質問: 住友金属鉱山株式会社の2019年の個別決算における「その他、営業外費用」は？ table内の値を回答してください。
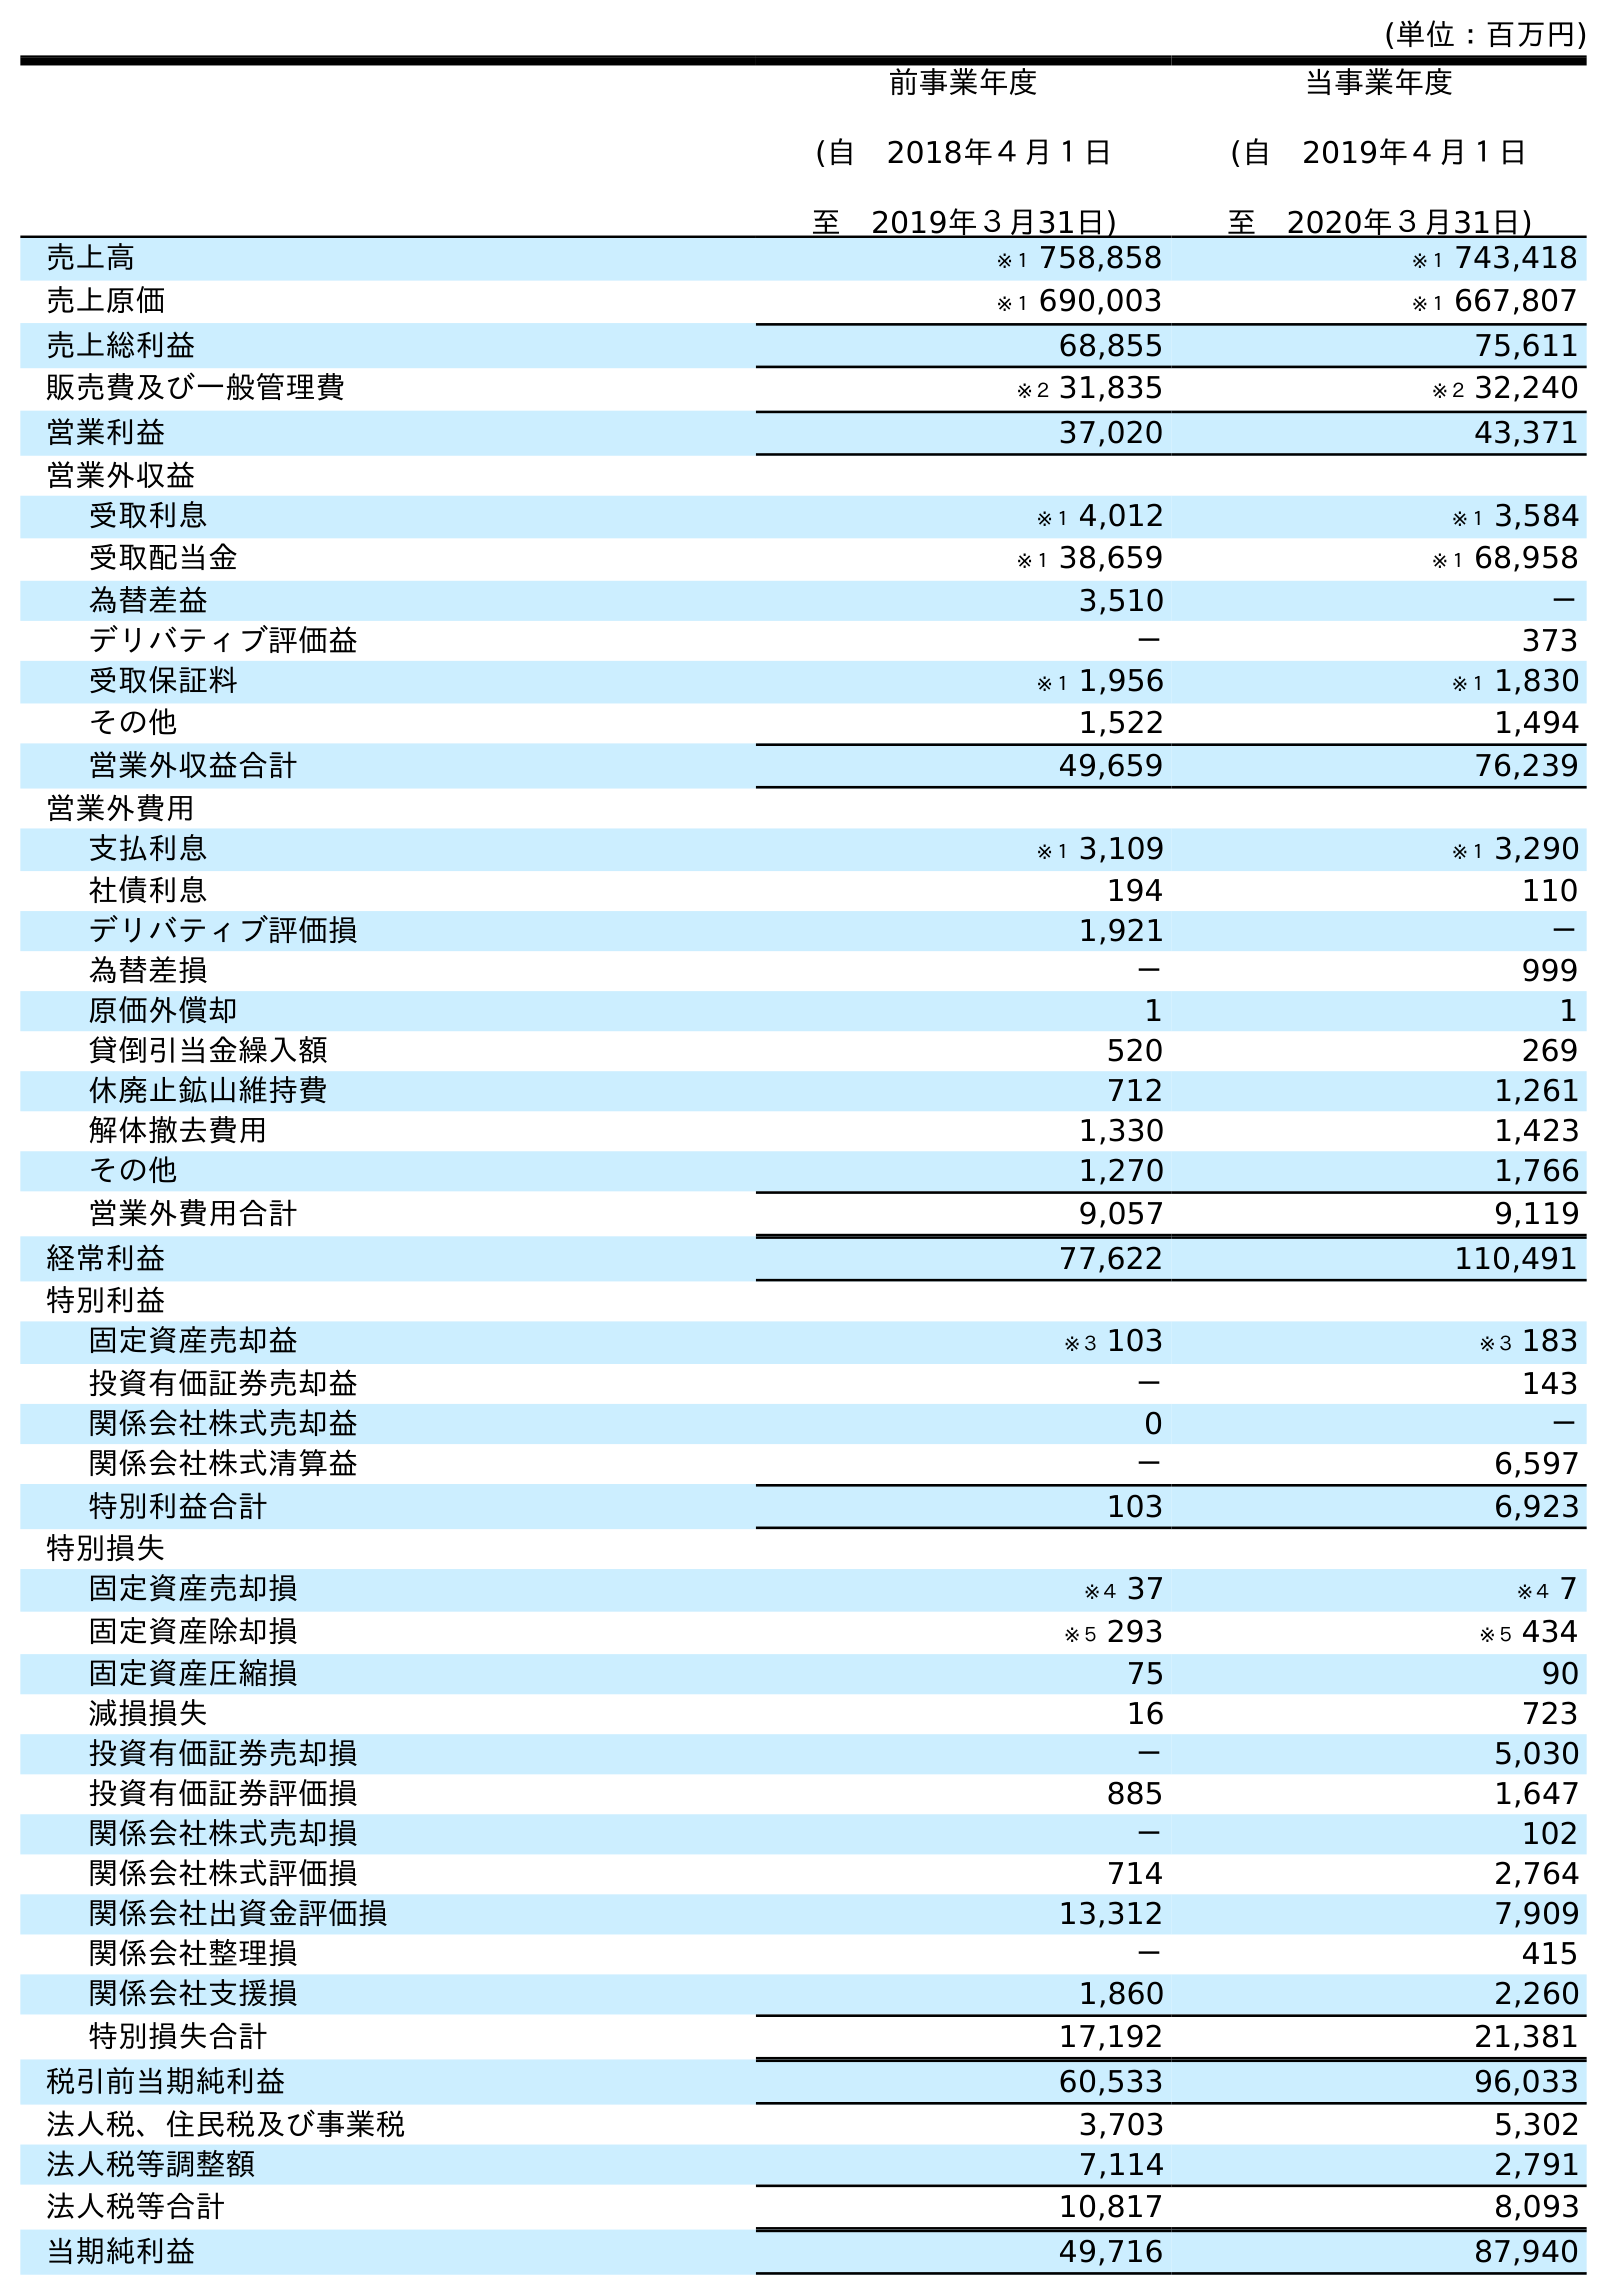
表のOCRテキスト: (単位：百万円) 前事業年度 (自 2018年４月１日 至 2019年３月31日) 当事業年度 (自 2019年４月１日 至 2020年３月31日) 売上高 ※１ 758,858 ※１ 743,418 売上原価 ※１ 690,003 ※１ 667,807 売上総利益 68,855 75,611 販売費及び一般管理費 ※２ 31,835 ※２ 32,240 営業利益 37,020 43,371 営業外収益 受取利息 ※１ 4,012 ※１ 3,584 受取配当金 ※１ 38,659 ※１ 68,958 為替差益 3,510 － デリバティブ評価益 － 373 受取保証料 ※１ 1,956 ※１ 1,830 その他 1,522 1,494 営業外収益合計 49,659 76,239 営業外費用 支払利息 ※１ 3,109 ※１ 3,290 社債利息 194 110 デリバティブ評価損 1,921 － 為替差損 － 999 原価外償却 1 1 貸倒引当金繰入額 520 269 休廃止鉱山維持費 712 1,261 解体撤去費用 1,330 1,423 その他 1,270 1,766 営業外費用合計 9,057 9,119 経常利益 77,622 110,491 特別利益 固定資産売却益 ※３ 103 ※３ 183 投資有価証券売却益 － 143 関係会社株式売却益 0 － 関係会社株式清算益 － 6,597 特別利益合計 103 6,923 特別損失 固定資産売却損 ※４ 37 ※４ 7 固定資産除却損 ※５ 293 ※５ 434 固定資産圧縮損 75 90 減損損失 16 723 投資有価証券売却損 － 5,030 投資有価証券評価損 885 1,647 関係会社株式売却損 － 102 関係会社株式評価損 714 2,764 関係会社出資金評価損 13,312 7,909 関係会社整理損 － 415 関係会社支援損 1,860 2,260 特別損失合計 17,192 21,381 税引前当期純利益 60,533 96,033 法人税、住民税及び事業税 3,703 5,302 法人税等調整額 7,114 2,791 法人税等合計 10,817 8,093 当期純利益 49,716 87,940
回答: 1,270